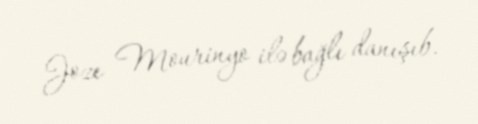
Joze Mourinyo ilə bağlı danışıb.